Heimtali_vallavalitsus, lk 21
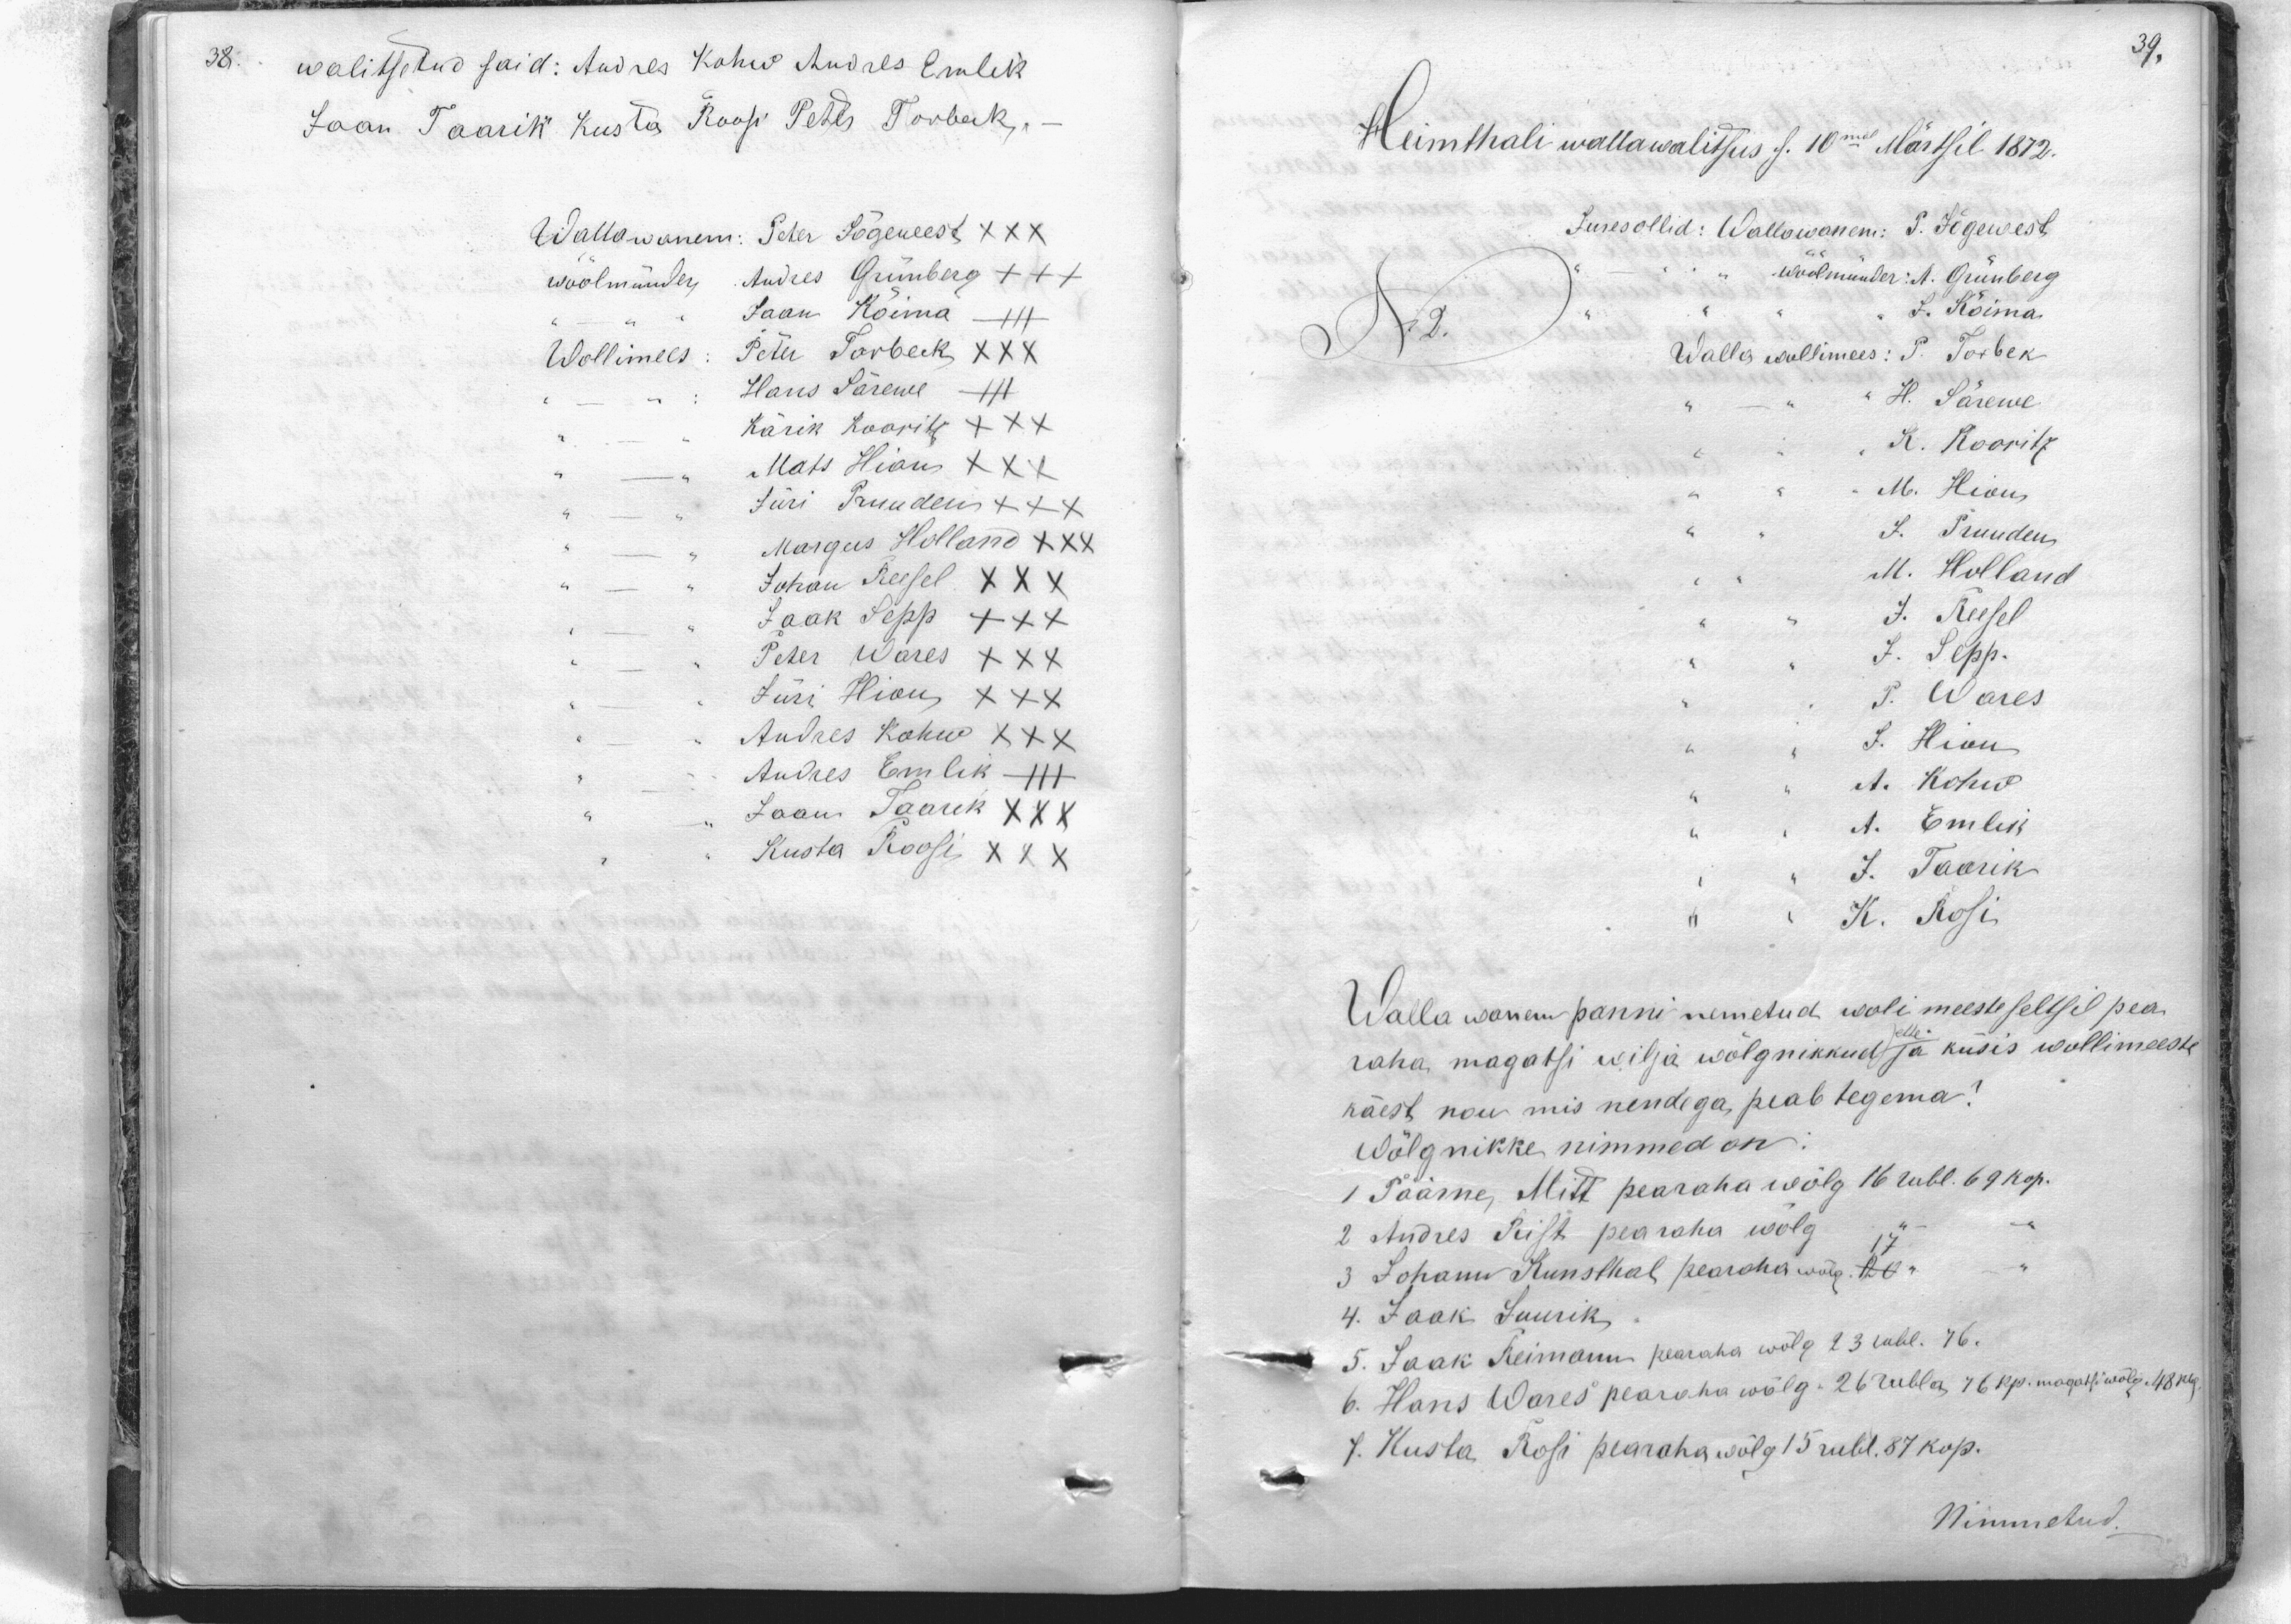
walitsetud said: Andres Kohw Andres Emlik
Jaan Taarik Kusta Roosi Peter Torbeck,
Wallawanem: Peter Jõgewest XXX
wöölmünder, Andres Grünberg +++
Jaan Koima
Wollimees: Peter Torbeck XXX
Hans Särewe
Kärik Koorits XXX
Mats Hions XXX
Jüri Truudens XXX
Margus Holland XXX
Johan Reesel XXX
Jaak Sepp XXX
Peter Wares XXX
Jüri Hion XXX
Andres Kohw XXX
Andres Emlik
Jaan Taarek XXX
Kusta Roosi XXX

Heimthali wallawalitsus s. 10mal Märtsil 1872.
Jures ollid: Wallawanem: P. Jõgewest
wöölmünder: A. Grünberg
No 2.
J. Koina
Walla wollimees: P. Torbek
H. Särewe
K. Koorits
M. Hion
J. Truuden
M. Holland
J. Reesel
J. Sepp.
P. Wares
J. Hion
A. Kohw
A. Emlik
J. Taarik.
K. Rosi
Walla wanem panni nimetud wolimeeste seltsil pea-
raha magatsi wilja wõlgnikkud ja küsis wollimeeste
käest nou mis nendega, peab tegema?
Wõlgnikke nimmed on:
1 Päärne, Mitt pearaha wõlg 16 rubl. 69 kop.
2 Andres Peist pearaha wõlg.
3 Johann Runsthal pearaha wõlg. 17
4. Jaak Suurik,
5. Jaak Reimann pearaha wõlg 23 rubl. 76.
6. Hans Wares pearaha wõlg. 26 rubla, 76 kp. magatsivõlg 48 kop.
7. Kusta Rosi pearaha wõlg 15 rubl. 87 kop.
Nimmetud